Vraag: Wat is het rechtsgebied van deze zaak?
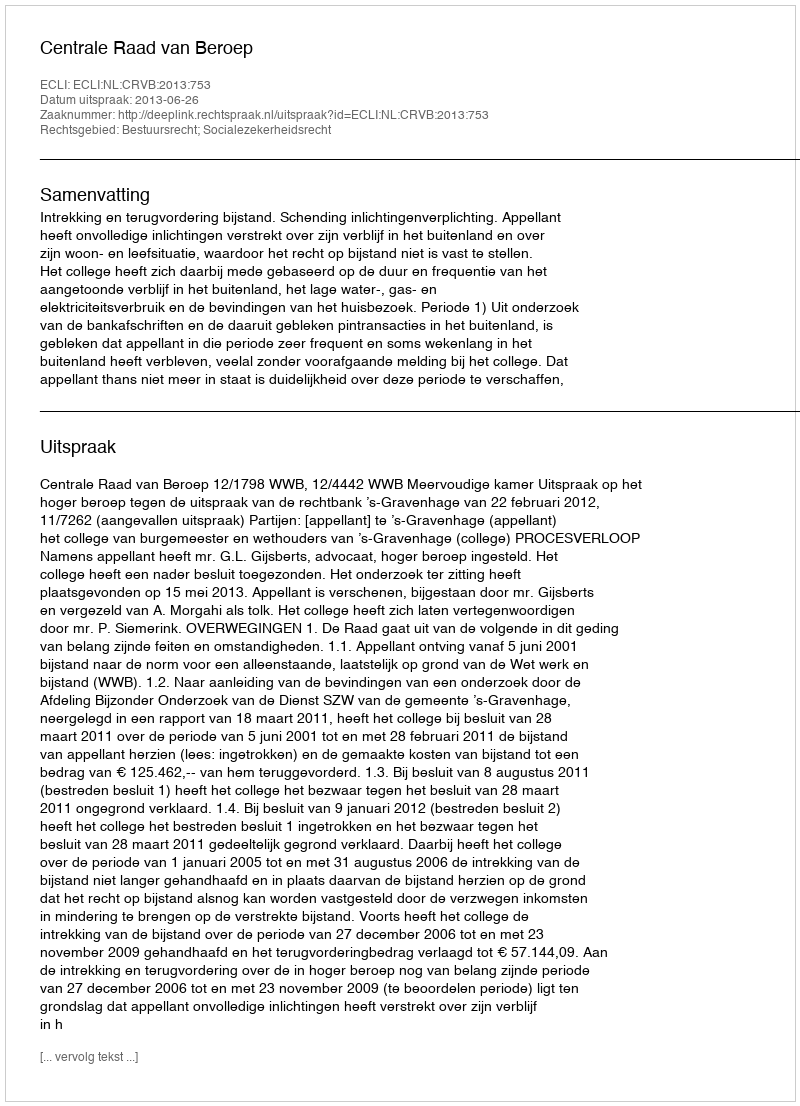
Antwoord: Bestuursrecht; Socialezekerheidsrecht